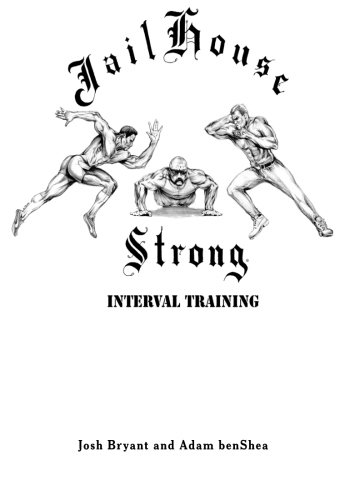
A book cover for Jailhouse Strong: Interval Training; Josh Bryant; Health, Fitness & Dieting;